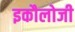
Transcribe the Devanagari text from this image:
इकौलोजी